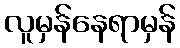
လူမှန်နေရာမှန်